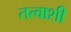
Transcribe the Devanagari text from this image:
तत्वाशी